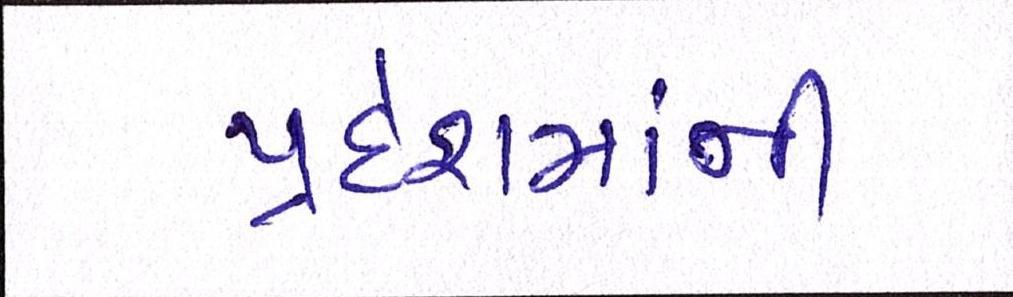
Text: પ્રદેશમાંની